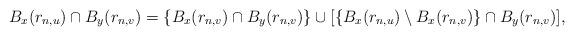
LaTeX: \begin{align*}B_x(r_{n,u}) \cap B_y(r_{n,v}) = \{B_x(r_{n,v}) \cap B_y(r_{n,v}) \} \cup [ \{B_x(r_{n,u}) \setminus B_x(r_{n,v})\} \cap B_y(r_{n,v}) ],\end{align*}